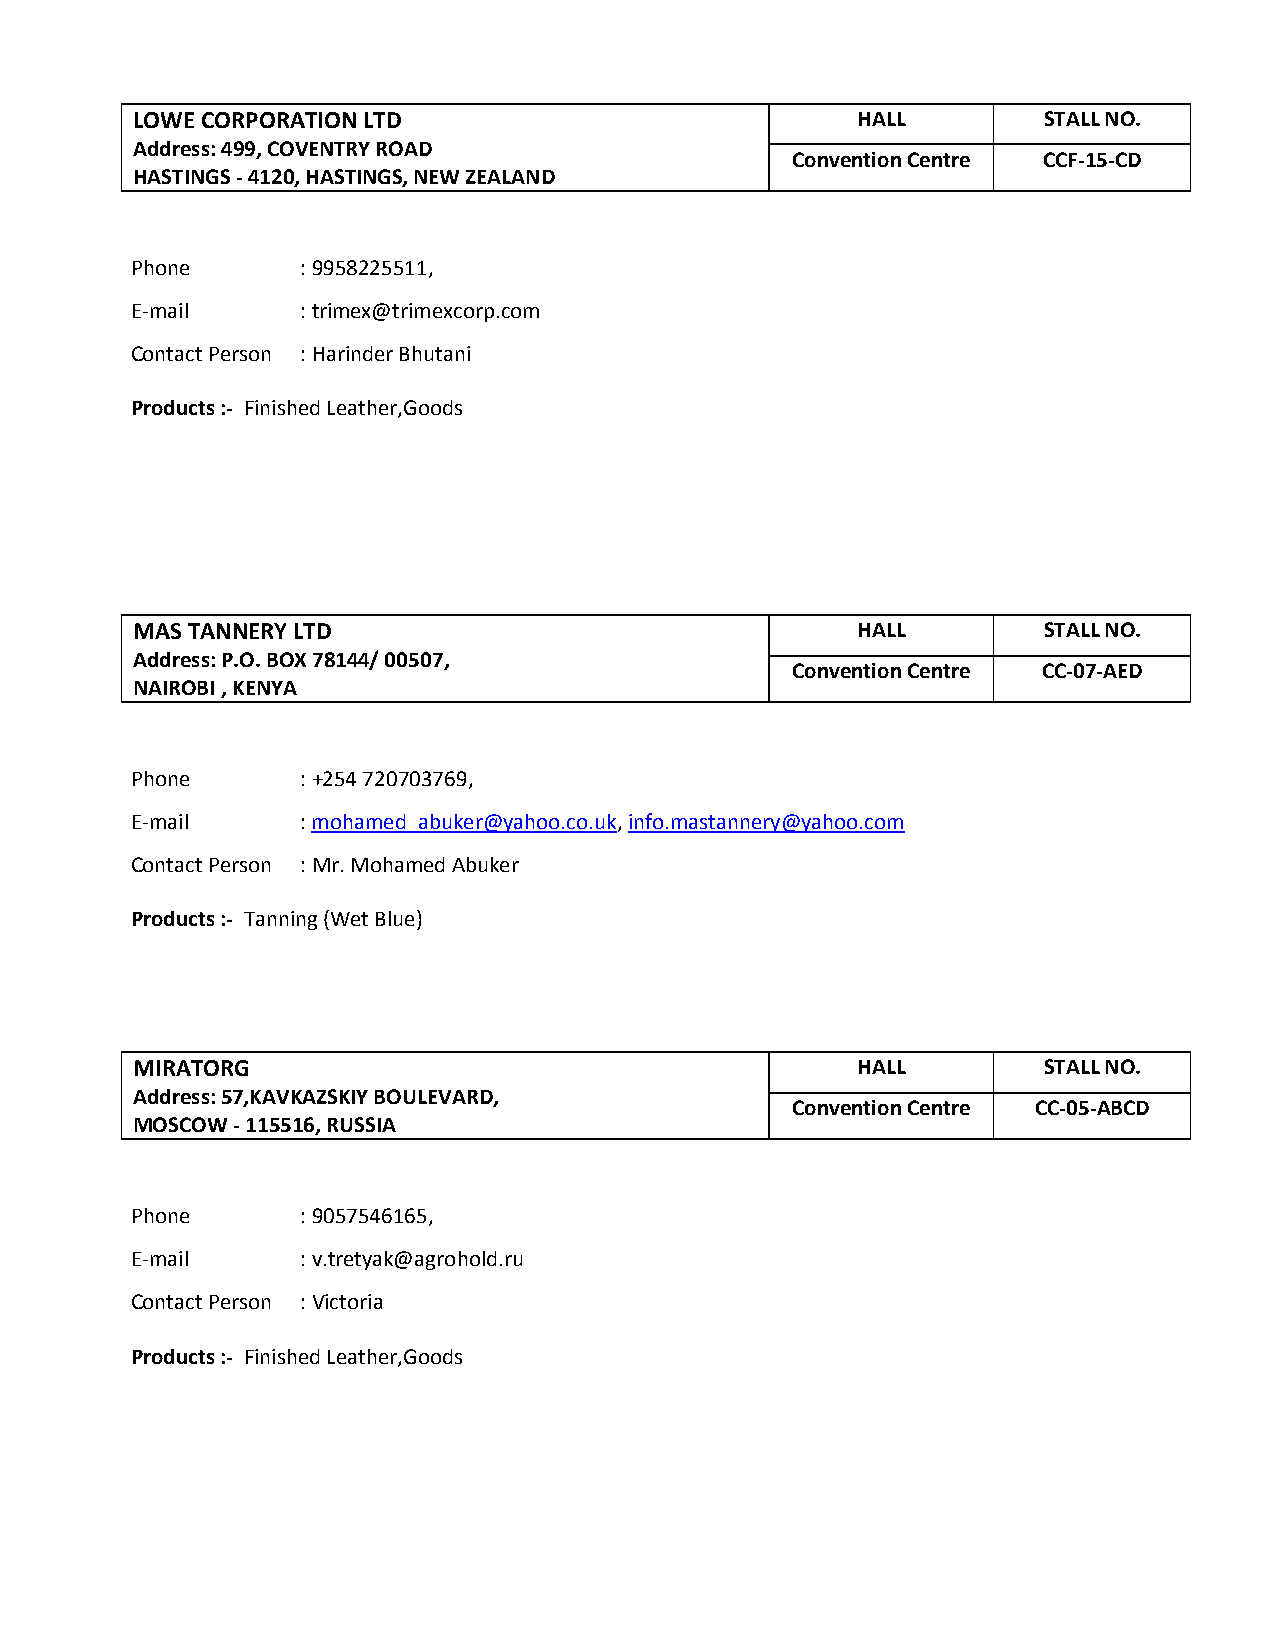
LOWE CORPORATION LTD                            HALL        STALL NO.
 Address: 499, COVENTRY ROAD
 Convention Centre CCF-15-CD
 HASTINGS - 4120, HASTINGS, NEW ZEALAND
 Phone      : 9958225511,
 E-mail     : trimex@trimexcorp.com
 Contact Person : Harinder Bhutani
 Products :- Finished Leather,Goods
 MAS TANNERY LTD                                 HALL        STALL NO.
 Address: P.O. BOX 78144/ 00507,
 Convention Centre CC-07-AED
 NAIROBI , KENYA
 Phone      : +254 720703769,
 E-mail     : mohamed_abuker@yahoo.co.uk, info.mastannery@yahoo.com
 Contact Person : Mr. Mohamed Abuker
 Products :- Tanning (Wet Blue)
 MIRATORG                                        HALL        STALL NO.
 Address: 57,KAVKAZSKIY BOULEVARD,
 Convention Centre CC-05-ABCD
 MOSCOW - 115516, RUSSIA
 Phone      : 9057546165,
 E-mail     : v.tretyak@agrohold.ru
 Contact Person : Victoria
 Products :- Finished Leather,Goods